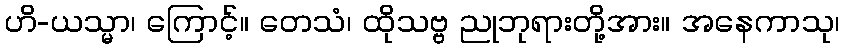
ဟိ-ယသ္မာ၊ ကြောင့်။ တေသံ၊ ထိုသဗ္ဗ ညုဘုရားတို့အား။ အနေကာသု၊